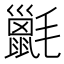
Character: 𣰫